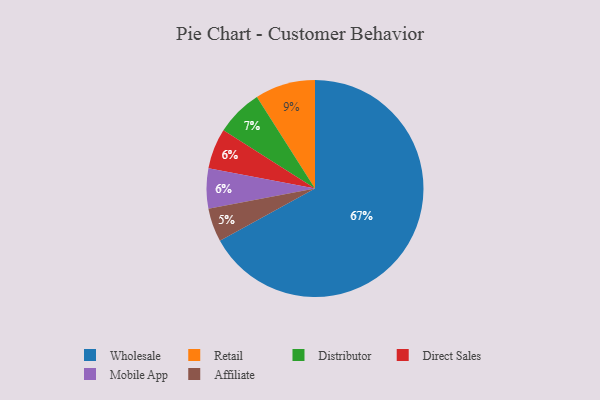
{"axis": {"x": "Category", "y": "Percentage"}, "legend": ["Affiliate", "Direct Sales", "Distributor", "Mobile App", "Retail", "Wholesale"], "data": [{"x": "Wholesale", "y": 67, "type": "Wholesale"}, {"x": "Direct Sales", "y": 6, "type": "Direct Sales"}, {"x": "Distributor", "y": 7, "type": "Distributor"}, {"x": "Retail", "y": 9, "type": "Retail"}, {"x": "Mobile App", "y": 6, "type": "Mobile App"}, {"x": "Affiliate", "y": 5, "type": "Affiliate"}]}